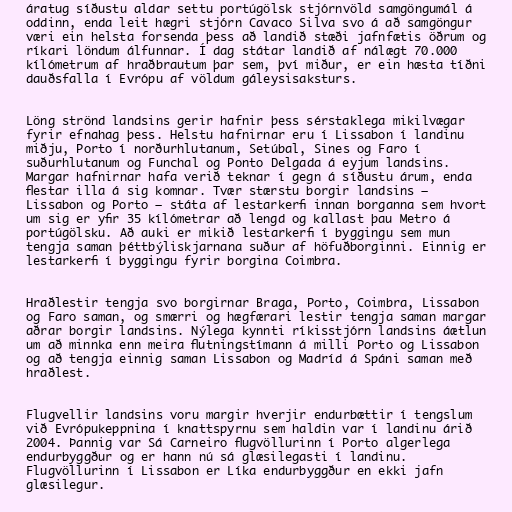
áratug síðustu aldar settu portúgölsk stjórnvöld samgöngumál á
oddinn, enda leit hægri stjórn Cavaco Silva svo á að samgöngur
væri ein helsta forsenda þess að landið stæði jafnfætis öðrum og
ríkari löndum álfunnar. Í dag státar landið af nálægt 70.000
kílómetrum af hraðbrautum þar sem, því miður, er ein hæsta tíðni
dauðsfalla í Evrópu af völdum gáleysisaksturs.

Löng strönd landsins gerir hafnir þess sérstaklega mikilvægar
fyrir efnahag þess. Helstu hafnirnar eru í Lissabon í landinu
miðju, Porto í norðurhlutanum, Setúbal, Sines og Faro í
suðurhlutanum og Funchal og Ponto Delgada á eyjum landsins.
Margar hafnirnar hafa verið teknar í gegn á síðustu árum, enda
flestar illa á sig komnar. Tvær stærstu borgir landsins –
Lissabon og Porto – státa af lestarkerfi innan borganna sem hvort
um sig er yfir 35 kílómetrar að lengd og kallast þau Metro á
portúgölsku. Að auki er mikið lestarkerfi í byggingu sem mun
tengja saman þéttbýliskjarnana suður af höfuðborginni. Einnig er
lestarkerfi í byggingu fyrir borgina Coimbra.

Hraðlestir tengja svo borgirnar Braga, Porto, Coimbra, Lissabon
og Faro saman, og smærri og hægfærari lestir tengja saman margar
aðrar borgir landsins. Nýlega kynnti ríkisstjórn landsins áætlun
um að minnka enn meira flutningstímann á milli Porto og Lissabon
og að tengja einnig saman Lissabon og Madríd á Spáni saman með
hraðlest.

Flugvellir landsins voru margir hverjir endurbættir í tengslum
við Evrópukeppnina í knattspyrnu sem haldin var í landinu árið
2004. Þannig var Sá Carneiro flugvöllurinn í Porto algerlega
endurbyggður og er hann nú sá glæsilegasti í landinu.
Flugvöllurinn í Lissabon er Líka endurbyggður en ekki jafn
glæsilegur.